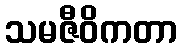
သမဇီဝိကတာ